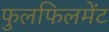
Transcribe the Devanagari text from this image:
फुलफिलमेंट